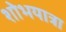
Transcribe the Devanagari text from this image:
शोभयात्रा